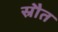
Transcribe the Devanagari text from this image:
स्रौत